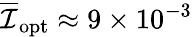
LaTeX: \overline{{\mathcal{I}}}_{\mathrm{opt}}\approx 9\times 10^{-3}